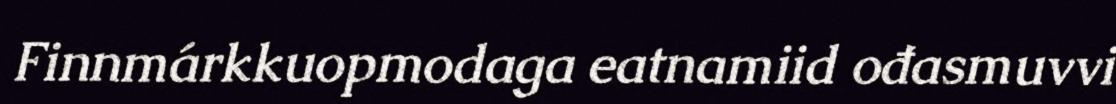
Finnmárkkuopmodaga eatnamiid ođasmuvvi